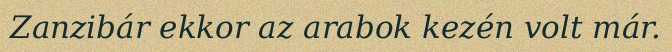
Zanzibár ekkor az arabok kezén volt már.